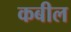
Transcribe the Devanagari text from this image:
कबील